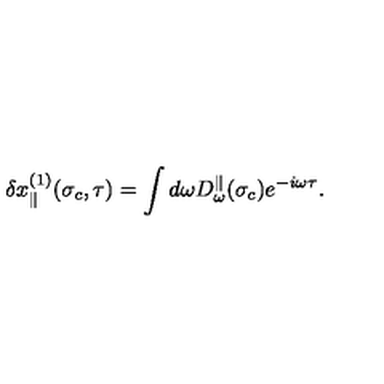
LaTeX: \delta x _ { \parallel } ^ { ( 1 ) } ( \sigma _ { c } , \tau ) = \int d \omega D _ { \omega } ^ { \parallel } ( \sigma _ { c } ) e ^ { - i \omega \tau } .